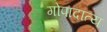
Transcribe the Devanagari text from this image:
गोपादात्य